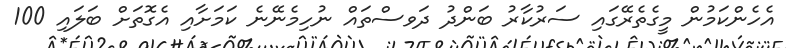
އެހެންކަމުން މީގެތެރޭގައި ސަރުކާރު ބަންދު ދަވސްތައް ނުހިމެނޭނެ ކަމަށާއި އެގޮތަށް ބަލައި 100